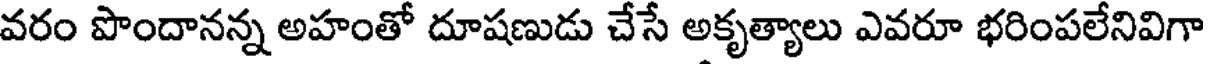
వరం పొందానన్న అహంతో దూషణుడు చేసే అకృత్యాలు ఎవరూ భరింపలేనివిగా